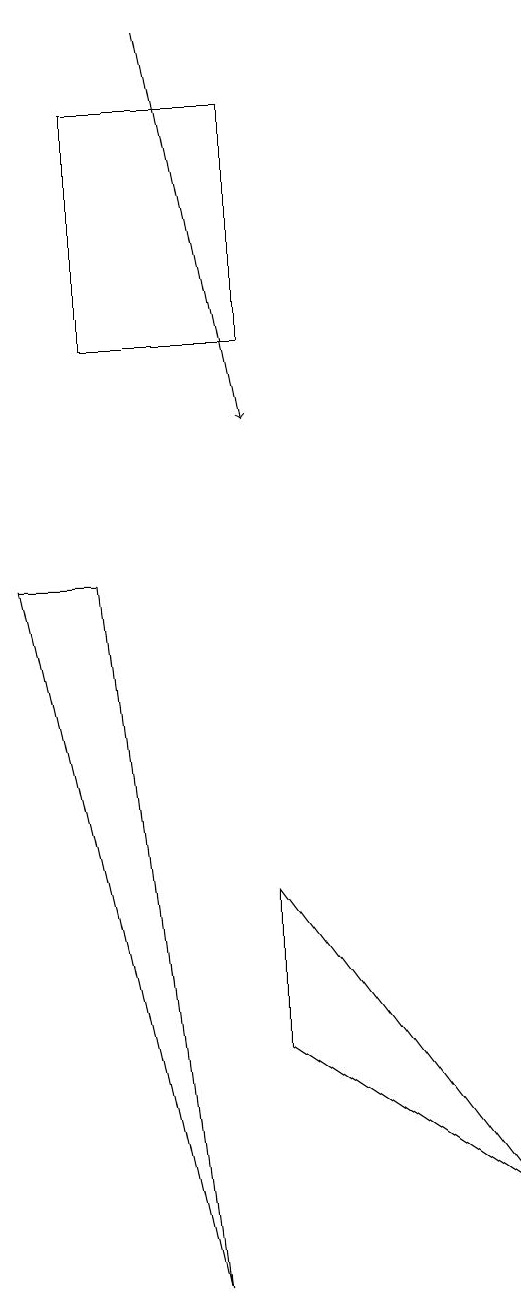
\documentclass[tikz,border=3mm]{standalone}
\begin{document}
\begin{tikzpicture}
\draw (4,3) -- (4,5) -- (7,1) -- cycle;
\draw (1,9) -- (3,0) -- (2,9) -- cycle;
\draw (4,12) rectangle (2,15);
\draw[->] (3,16) -- (4,11);
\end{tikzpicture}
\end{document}